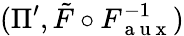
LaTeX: (\Pi^{\prime},\tilde{F}\circ F_{\mathrm{~a~u~x~}}^{-1})